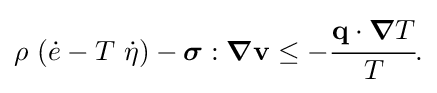
{\rho ~({\dot {e}}-T~{\dot {\eta }})-{\boldsymbol {\sigma }}:{\boldsymbol {\nabla }}\mathbf {v} \leq -{\cfrac {\mathbf {q} \cdot {\boldsymbol {\nabla }}T}{T}}.}